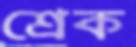
শ্রেক